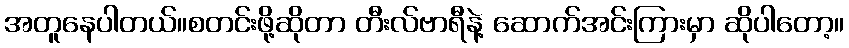
အတူနေပါတယ်။စတင်းဖို့ဆိုတာ တီးလ်ဗာရီနဲ့ ဆောက်အင်းကြားမှာ ဆိုပါတော့။